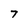
Character: T